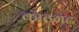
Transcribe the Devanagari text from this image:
काठगढ़